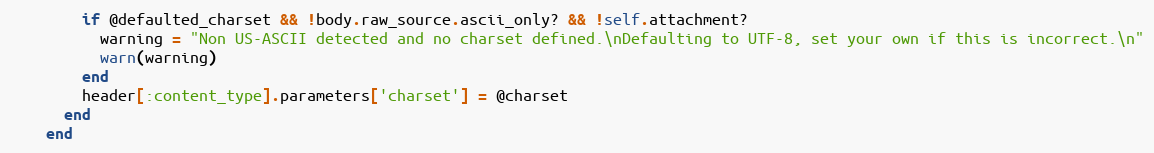
Language: Ruby
        if @defaulted_charset && !body.raw_source.ascii_only? && !self.attachment?
          warning = "Non US-ASCII detected and no charset defined.\nDefaulting to UTF-8, set your own if this is incorrect.\n"
          warn(warning)
        end
        header[:content_type].parameters['charset'] = @charset
      end
    end